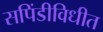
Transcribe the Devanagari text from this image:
सपिंडीविधीत